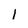
Character: 1